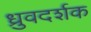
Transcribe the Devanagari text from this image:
ध्रुवदर्शक